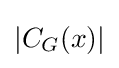
\left|C_{G}(x)\right|